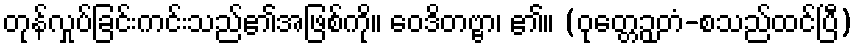
တုန်လှုပ်ခြင်းကင်းသည်၏အဖြစ်ကို။ ဝေဒိတဗ္ဗာ၊ ၏။ (ဝုတ္တေဉှတံ-စသည်ထင်ပြီ)